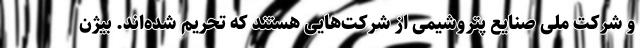
و شرکت ملی صنایع پتروشیمی از شرکت‌هایی هستند که تحریم شده‌اند. بیژن